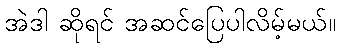
အဲဒါ ဆိုရင် အဆင်ပြေပါလိမ့်မယ်။